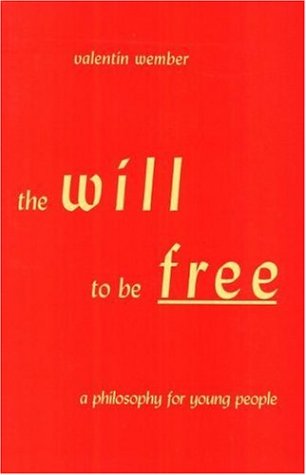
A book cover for The Will to Be Free: A Philosophy for Young People; Valentin Wember; Teen & Young Adult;